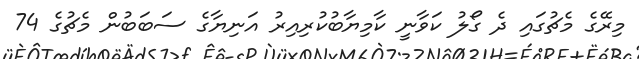
މިރޭގެ މެޗުގައި ދެ ގޯލު ކަވާނީ ކާމިޔާބުކުރިއިރު އަނިޔާގެ ސަބަބުން މެޗުގެ 74